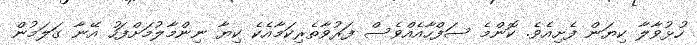
ހުޅުވާލާ ކިޔަން ފެށިއެވެ. ކޮންމެ ސަފްހާއެއްވެސް ފަރުވާތެރިކަމާއެކެ ކިޔާ ނިންމާލުމަށްފަހު އޭނާ ގަލަމުން